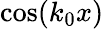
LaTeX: \cos(k_{0}x)